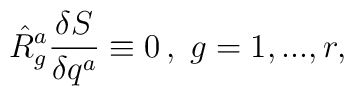
\hat{R}_{g}^{a}\frac{\delta S}{\delta q^{a}}\equiv 0\,,\;g=1,...,r,